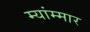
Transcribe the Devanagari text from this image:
म्यांम्मार